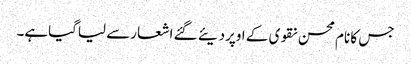
جس کا نام محسن نقوی کے اوپردیئے گئے اشعارسے لیاگیاہے۔